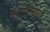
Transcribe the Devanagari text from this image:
है।महाभारत